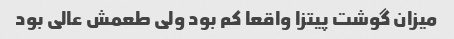
میزان گوشت پیتزا واقعا کم بود ولی طعمش عالی بود